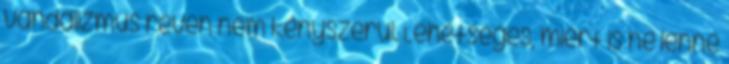
vandalizmus révén nem kényszerül. Lehetséges, miért is ne lenne